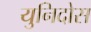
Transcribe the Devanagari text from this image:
युनिदोस